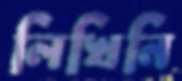
লিখিনি